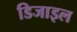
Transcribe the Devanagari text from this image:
डिजाइल